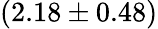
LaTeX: (2.18\pm 0.48)